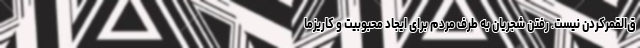
ق‌القمرکردن نیست. رفتن شجریان به طرف مردم برای ایجاد محبوبیت و کاریزما